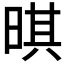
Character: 𣈒